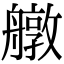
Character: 𦪔